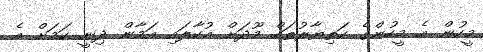
މީހުން އެ މީހުންގެ ހަތިޔާރުތައް މޫދަށް އުކާލައި އަމާން ދިނީ ކަމަށް އެ